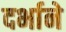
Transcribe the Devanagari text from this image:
दर्भाने